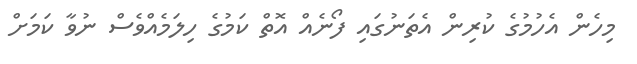
މިހެން އެހުމުގެ ކުރިން އެތަނުގައި ފޯނެއް އޮތް ކަމުގެ ހިލަމެއްވެސް ނުވާ ކަމަށް